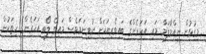
މިގުޅުން ނިއްމާލަމާ. މައި އަހަރެންގެ ބައިވެރިޔަަކަށް ނުވިނަމަވެސް މައިގެ ލޯބި އަހަރެންގެ ހިތަކުން